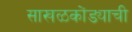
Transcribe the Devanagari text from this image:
साखळकोंड्याची